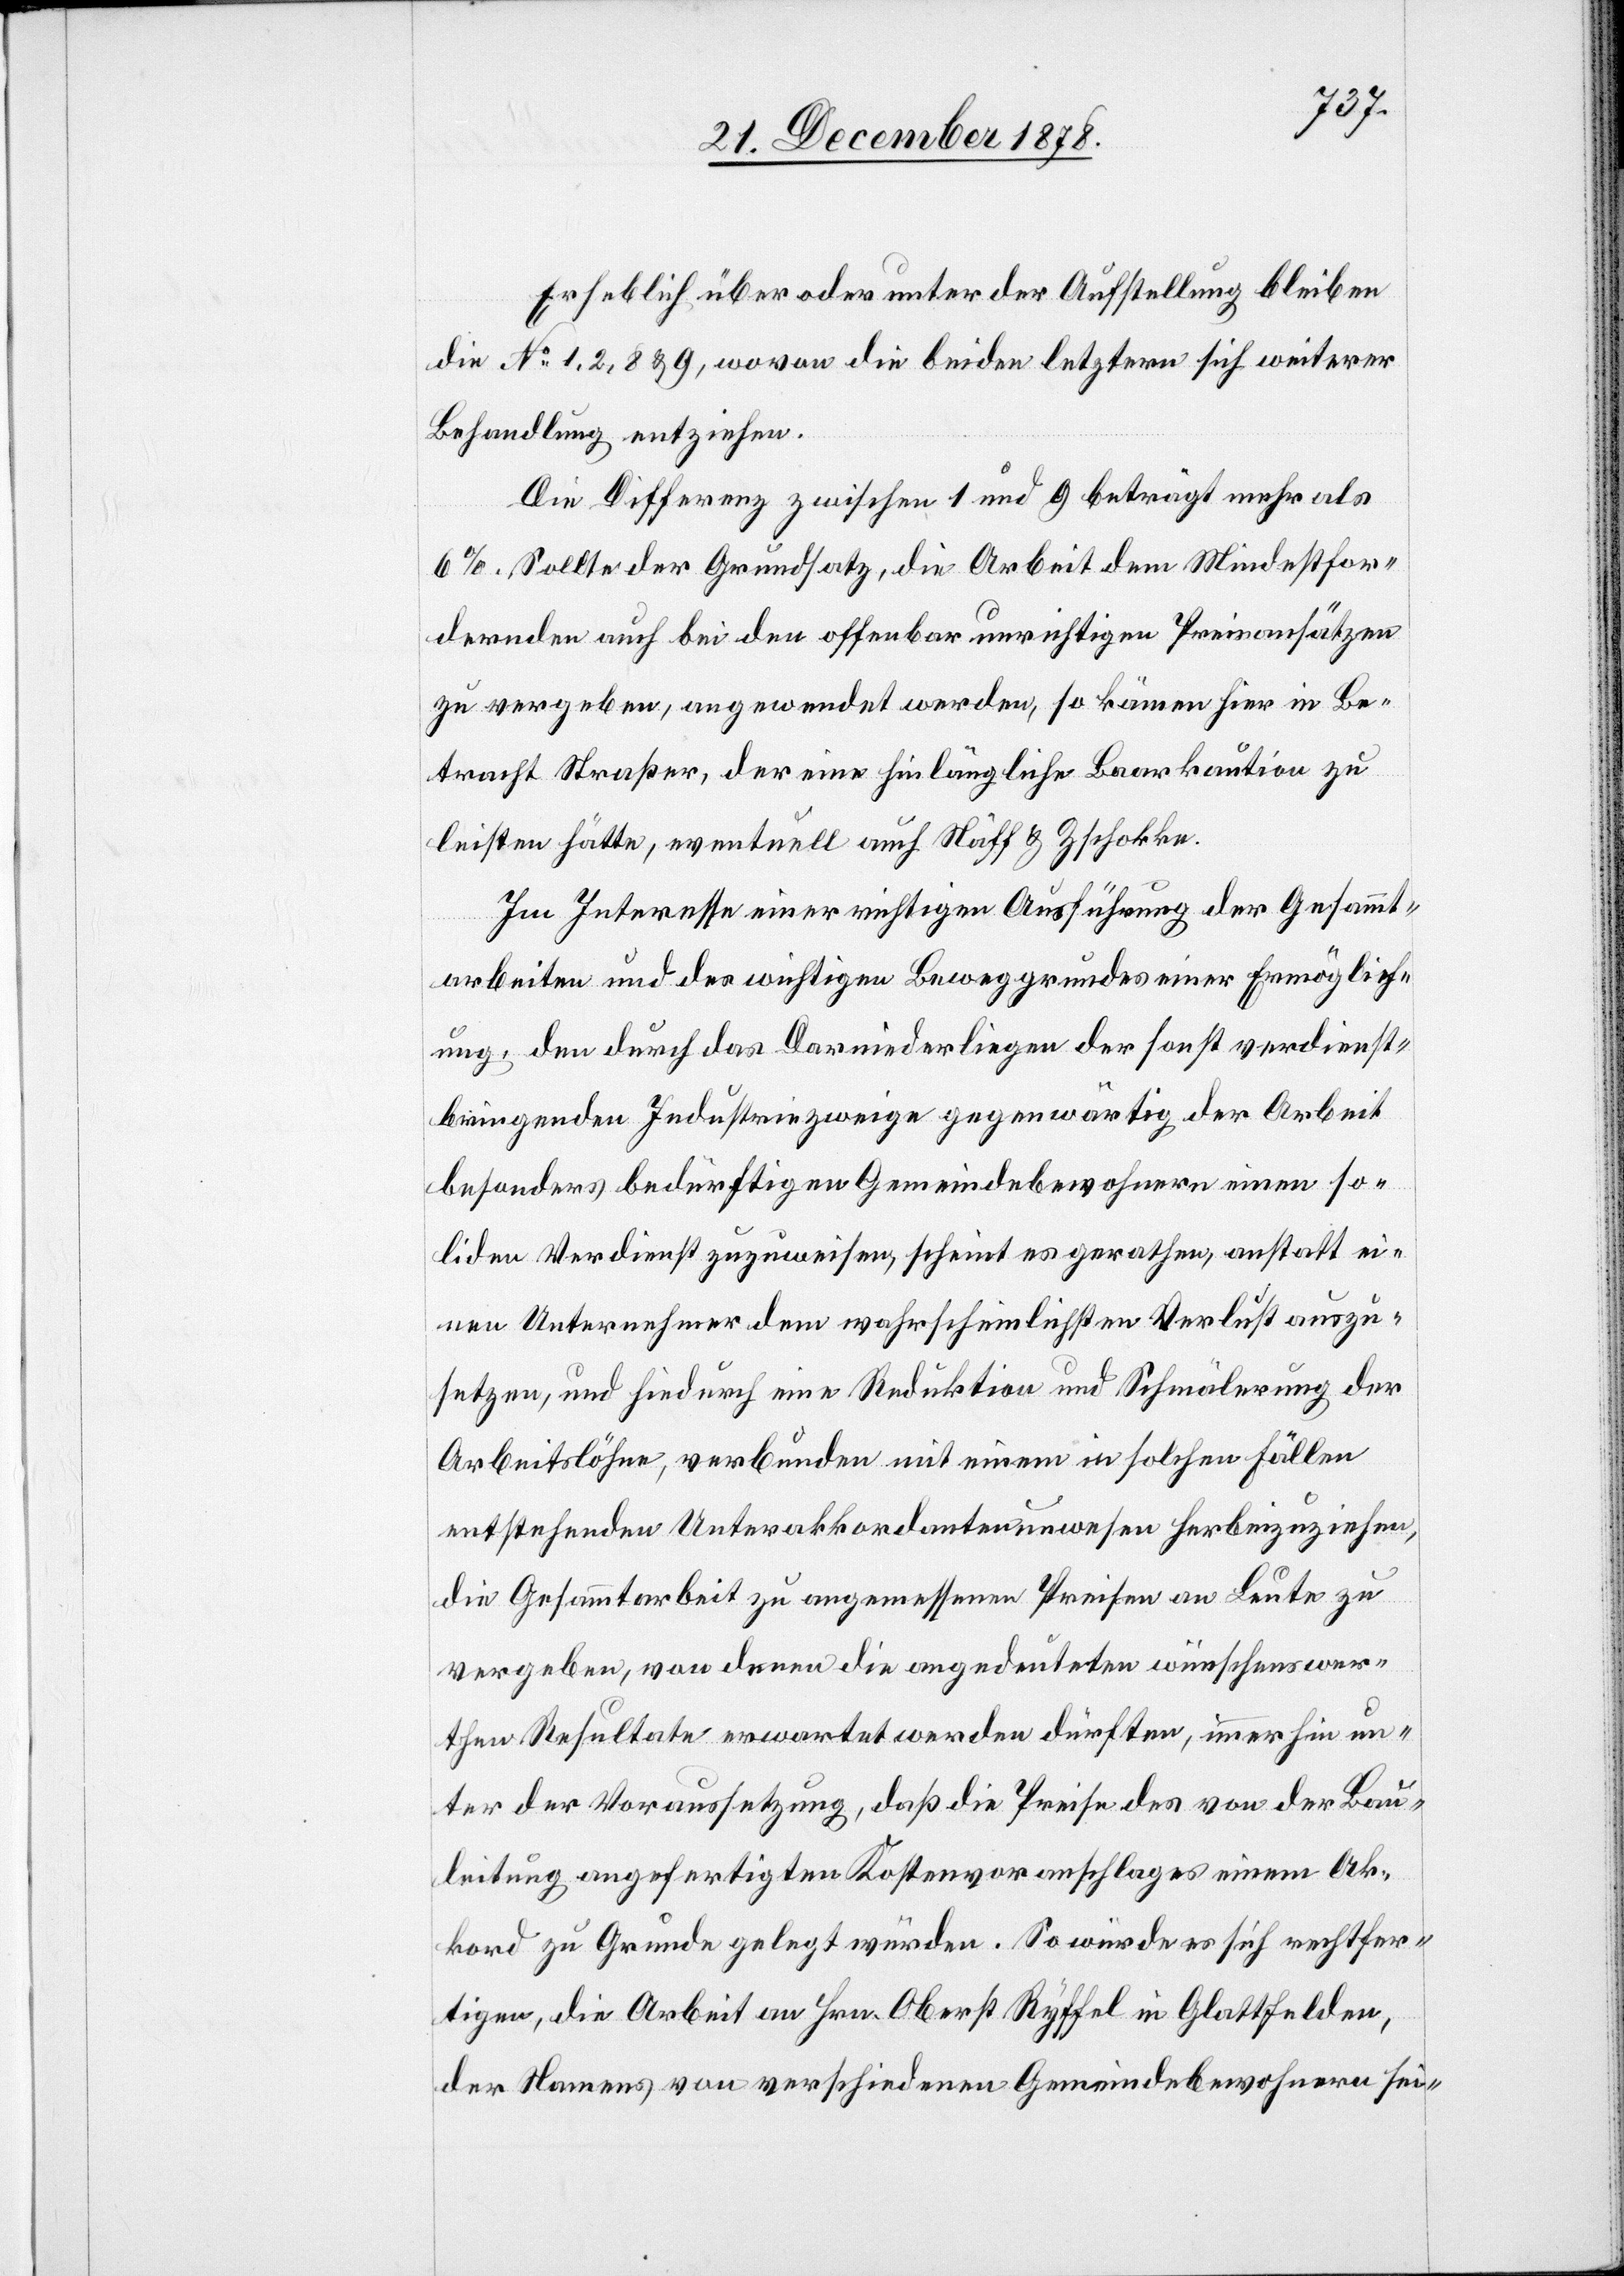
Erheblich über oder unter der Aufstellung bleiben
die No 1, 2, 8 & 9, wovon die beiden letztern sich weiterer
Behandlung entziehen.
Die Differenz zwischen 1 und 9 beträgt mehr als
6%. Sollte der Grundsatz, die Arbeit dem Mindestfor¬
dernden auch bei den offenbar unrichtigen Preisansätzen
zu vergeben, angewendet werden, so kämen hier in Be¬
tracht Straßer, der eine hinlängliche Baarkaution zu
leisten hätte, eventuell auch Näff & Zschokke.
Im Interesse einer richtigen Ausführung der Gesammt¬
arbeiten und des wichtigen Beweggrundes einer Ermöglich¬
ung, den durch das Darniederliegen der sonst verdienst¬
bringenden Industriezweige gegenwärtig der Arbeit
besonders bedürftigen Gemeindebewohnern einen so¬
liden Verdienst zuzuweisen, scheint es gerathen, anstatt ei¬
nen Unternehmer dem wahrscheinlichsten Verlust auszu¬
setzen, und hiedurch eine Reduktion und Schmälerung der
Arbeitslöhne, verbunden mit einem in solchen Fällen
entstehenden Unterakkordantenwesen herbeizuziehen,
die Gesammtarbeit zu angemessenen Preisen an Leute zu
vergeben, von denen die angedeuteten wünschenswer¬
then Resultate erwartet werden dürften, immerhin un¬
ter der Voraussetzung, daß die Preise des von der Bau¬
leitung angefertigten Kostenvoranschlages einem Ak¬
kord zu Grunde gelegt würden. So würde es sich rechtfer¬
tigen, die Arbeit an Hrn. Oberst Ryffel, in Glattfelden,
der Namens von verschiedenen Gemeindebewohnern sei-